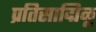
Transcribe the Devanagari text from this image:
प्रतिसाद्मिळू